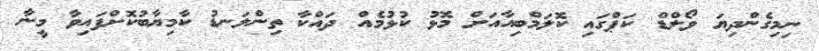
ނިމިގެންދިޔަ ވޯލްޑް ކަޕްގައި ކޮލަމްބިއާއަށް މޮޅު ކުޅުމެއް ދައްކާ ތިންލަނޑު ކާމިޔާބުކޮށްފައިވާ މީނާ